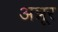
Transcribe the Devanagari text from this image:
अन्नूर